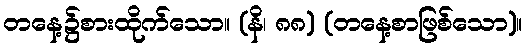
တနေ့၌စားထိုက်သော။ (နိ၊ ၈၈) (တနေ့စာဖြစ်သော)။